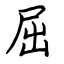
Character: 屈